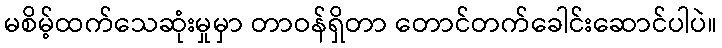
မစိမ့်ထက်သေဆုံးမှုမှာ တာဝန်ရှိတာ တောင်တက်ခေါင်းဆောင်ပါပဲ။